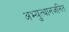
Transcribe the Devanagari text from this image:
अभ्युत्थानजनित